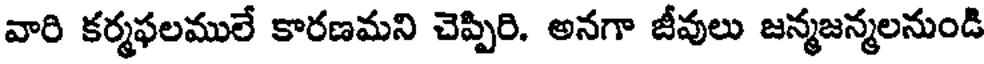
వారి కర్మఫలములే కారణమని చెప్పిరి. అనగా జీవులు జన్మజన్మలనుండి